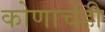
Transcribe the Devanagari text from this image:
कोणाचेंही